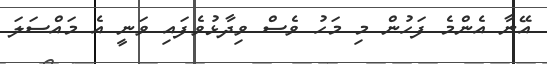
އޭނާ އެންމެ ފަހުން މި މަހު ވެސް ވިދާޅުވެފައި ވަނީ އެ މައްސަލަ